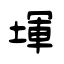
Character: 堚